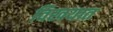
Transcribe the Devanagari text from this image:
विखयात